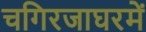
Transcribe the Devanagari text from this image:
चगिरजाघरमें